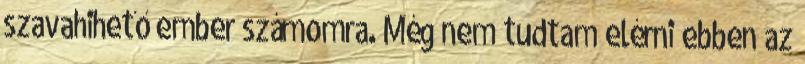
szavahihető ember számomra. Még nem tudtam elérni ebben az